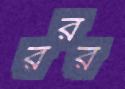
ররর